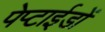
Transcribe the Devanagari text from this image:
पेप्टाईडों